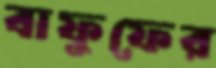
বাফুফের